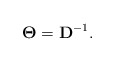
\begin{align*}\mathbf{\Theta} = \mathbf{D}^{-1}.\end{align*}